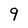
Character: 9